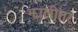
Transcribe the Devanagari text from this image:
झालीतर